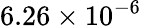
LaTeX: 6.26\times 10^{-6}